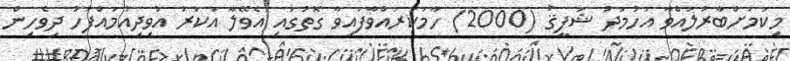
މިކަމަށްބާރުލައްވާ އަހުމަދު ޝަފީޤު (2000) ހާމަކުރައްވާފައިވާ ގޮތުގައި އެވޭލާ އަކުރު އުވިދިއުމައްފަހު ދިވެހިން